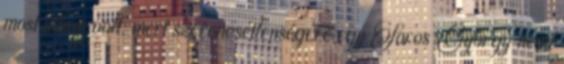
most útban volt, mert szerencsétlenségére egy Soros György nevű